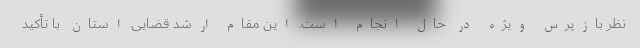
نظر بازپرس ویژه در حال انجام است. این مقام ارشد قضایی استان با تأکید